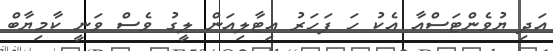
އަދި ޔުވެންޓަސްއާ އެކު ހަ ފަހަރު އިޓާލިއަން ލީގު ވެސް ވަނީ ކާމިޔާބް